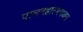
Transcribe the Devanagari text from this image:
पालनहारभगवान